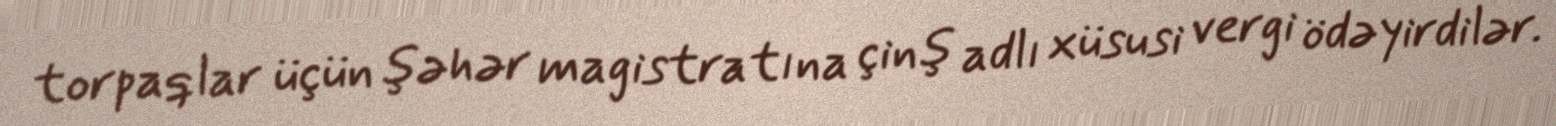
torpaqlar üçün şəhər magistratına çinş adlı xüsusi vergi ödəyirdilər.